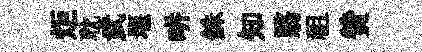
炬耽武堰畊銖知翳祖贊